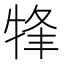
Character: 㸼